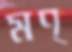
মণ্